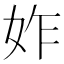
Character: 妰